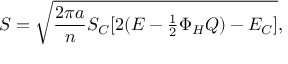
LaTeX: S = \sqrt { { \frac { 2 \pi a } { n } } S _ { C } [ 2 ( E - \textstyle { \frac { 1 } { 2 } } \Phi _ { H } Q ) - E _ { C } ] } ,